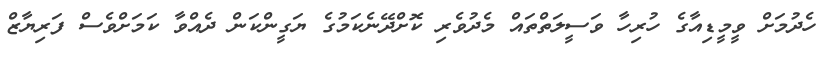
ހެދުމަށް ވީމީޑިއާގެ ހުރިހާ ވަސީލަތްތައް މެދުވެރި ކޮށްދޭނެކަމުގެ ޔަގީންކަން ދެއްވާ ކަމަށްވެސް ފަރިޔާޒް